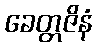
ခေတ္တဇိနံ